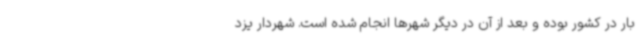
بار در کشور بوده و بعد از آن در دیگر شهرها انجام شده است. شهردار یزد